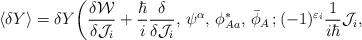
LaTeX: \begin{align*}\langle\delta Y\rangle= \delta Y \bigg(\frac{\delta{\cal W}}{\delta{\cal J}_i}+\frac{\hbar}{i} \frac{\delta}{\delta{\cal J}_i},\,\psi^\alpha,\,\phi^*_{Aa},\, \bar{\phi}_A\,; (-1)^{\varepsilon_i}\frac{1}{i\hbar}{\cal J}_i,\,\end{align*}